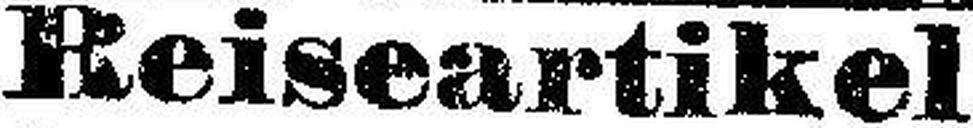
Reiseartikel